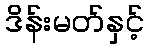
ဒိန်းမတ်နှင့်